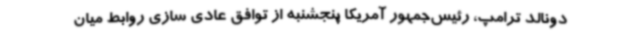
دونالد ترامپ، رئیس‌جمهور آمریکا پنجشنبه از توافق عادی سازی روابط میان